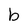
Character: b